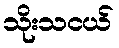
သိုးသငယ်